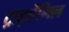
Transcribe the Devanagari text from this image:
ट्राइऐंगिल